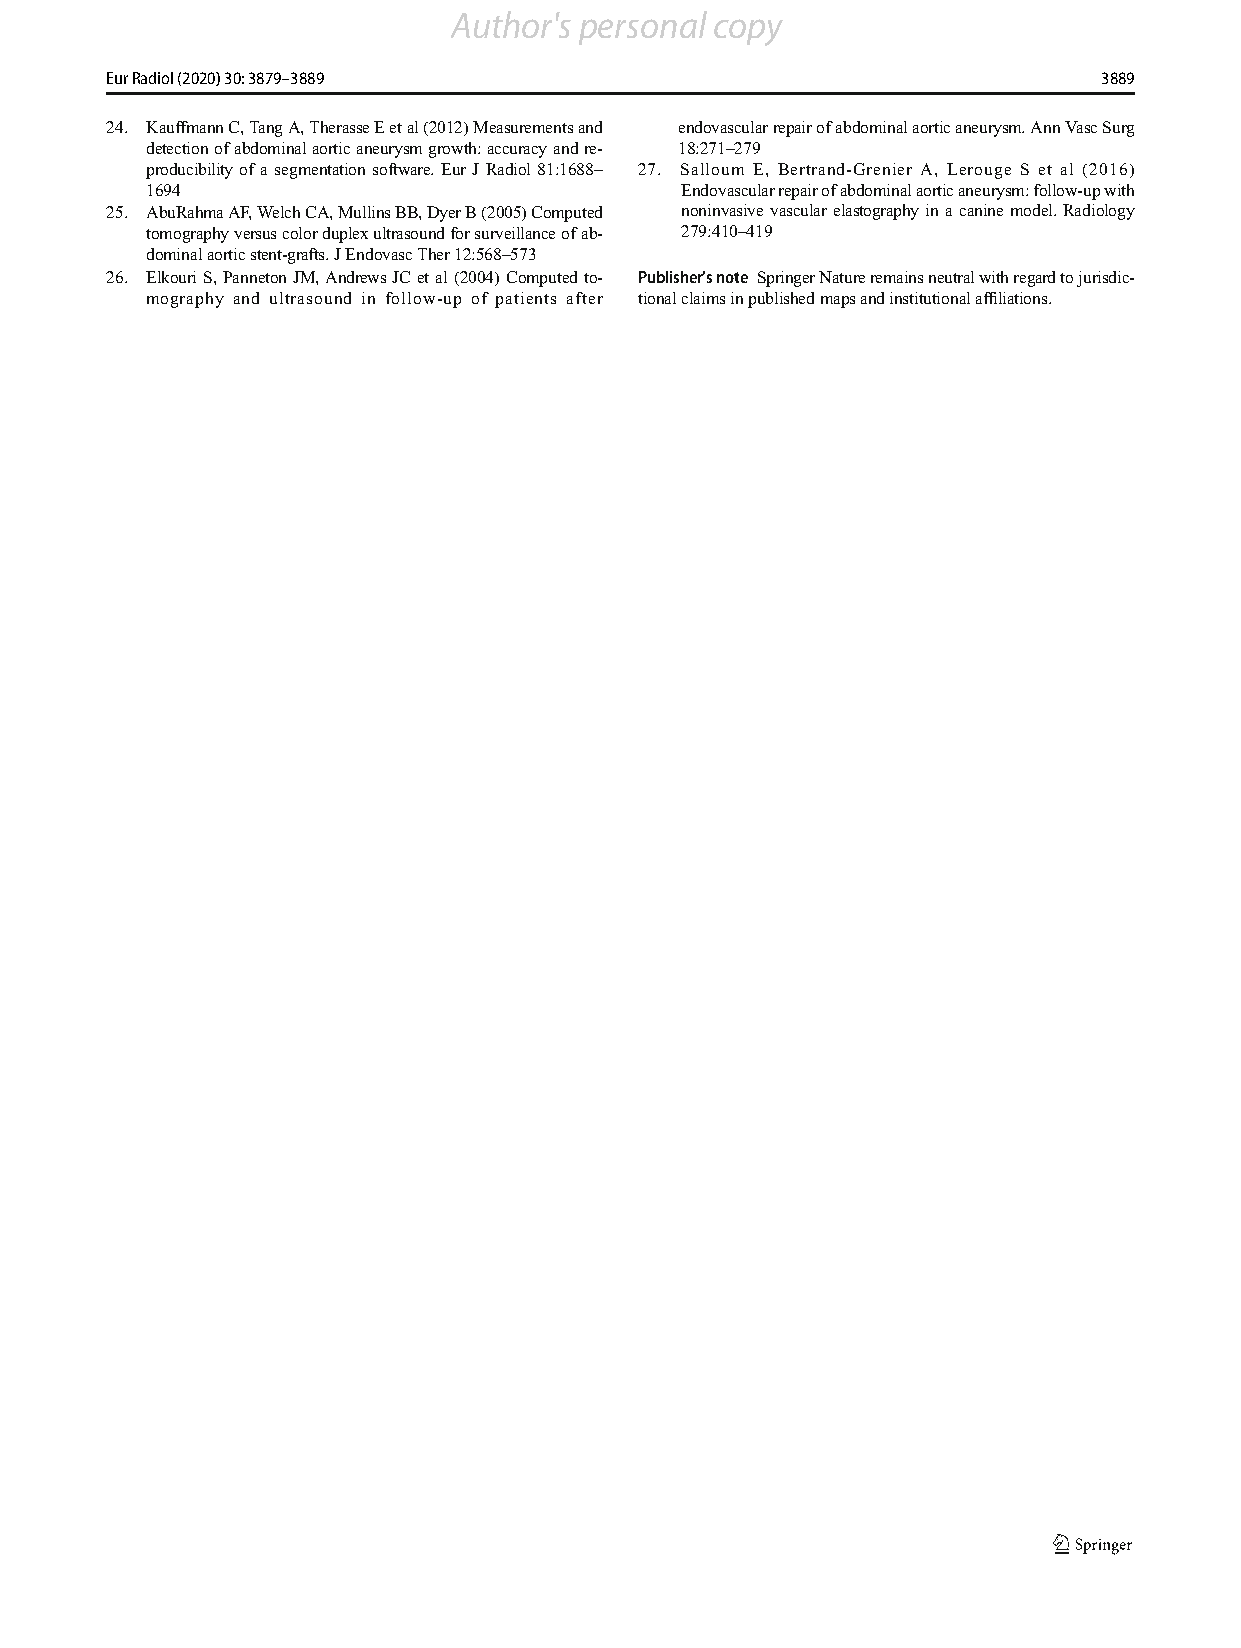
Author's personal copy
 Eur Radiol (2020) 30: 3879–3889                                   3889
 24. KauffmannC,TangA,TherasseEetal(2012)Measurementsand endovascularrepairofabdominalaorticaneurysm.AnnVascSurg
 detectionofabdominalaorticaneurysmgrowth:accuracyandre- 18:271–279
 producibilityofa segmentationsoftware. EurJ Radiol 81:1688– 27. Salloum E, Bertrand-Grenier A, Lerouge S et al (2016)
 1694                               Endovascularrepairofabdominalaorticaneurysm:follow-upwith
 25. AbuRahmaAF,WelchCA,MullinsBB,DyerB(2005)Computed noninvasivevascularelastographyinacaninemodel.Radiology
 tomographyversuscolorduplexultrasoundforsurveillanceofab- 279:410–419
 dominalaorticstent-grafts.JEndovascTher12:568–573
 26. ElkouriS,PannetonJM,AndrewsJCetal(2004)Computedto- Publisher’snote SpringerNatureremainsneutralwithregardtojurisdic-
 mography and ultrasound in follow-up of patients after tionalclaimsinpublishedmapsandinstitutionalaffiliations.